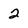
Character: 2